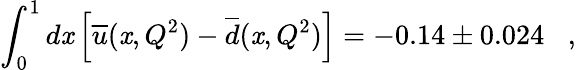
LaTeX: \int_{0}^{1}d\mathit{x}\left[\overline{{{{u}}}}(\mathit{x},Q^{2})-\overline{{{{d}}}}(\mathit{x},Q^{2})\right]=-0.14\pm0.024\; \; \; ,